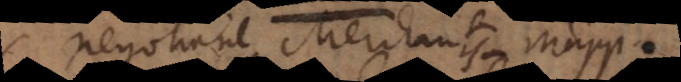
negotiant. Merchants Mapp.